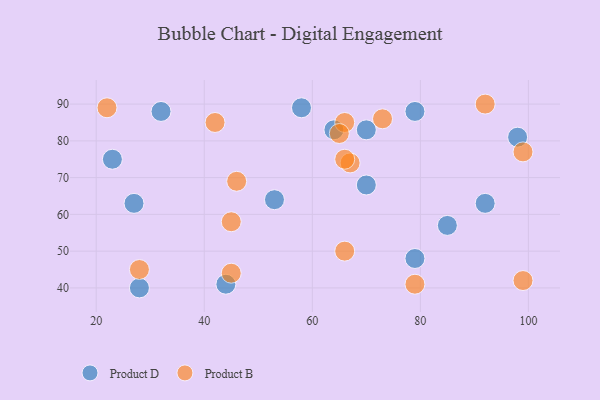
{"axis": {"x": "GDP", "y": "Life Expectancy"}, "legend": ["Product B", "Product D"], "data": [{"x": "79", "y": 48, "type": "Product D"}, {"x": "64", "y": 83, "type": "Product D"}, {"x": "58", "y": 89, "type": "Product D"}, {"x": "32", "y": 88, "type": "Product D"}, {"x": "27", "y": 63, "type": "Product D"}, {"x": "44", "y": 41, "type": "Product D"}, {"x": "23", "y": 75, "type": "Product D"}, {"x": "85", "y": 57, "type": "Product D"}, {"x": "98", "y": 81, "type": "Product D"}, {"x": "28", "y": 40, "type": "Product D"}, {"x": "70", "y": 83, "type": "Product D"}, {"x": "53", "y": 64, "type": "Product D"}, {"x": "70", "y": 68, "type": "Product D"}, {"x": "79", "y": 88, "type": "Product D"}, {"x": "92", "y": 63, "type": "Product D"}, {"x": "99", "y": 42, "type": "Product B"}, {"x": "67", "y": 74, "type": "Product B"}, {"x": "92", "y": 90, "type": "Product B"}, {"x": "66", "y": 85, "type": "Product B"}, {"x": "65", "y": 82, "type": "Product B"}, {"x": "45", "y": 44, "type": "Product B"}, {"x": "73", "y": 86, "type": "Product B"}, {"x": "42", "y": 85, "type": "Product B"}, {"x": "66", "y": 75, "type": "Product B"}, {"x": "66", "y": 50, "type": "Product B"}, {"x": "45", "y": 58, "type": "Product B"}, {"x": "79", "y": 41, "type": "Product B"}, {"x": "28", "y": 45, "type": "Product B"}, {"x": "22", "y": 89, "type": "Product B"}, {"x": "99", "y": 77, "type": "Product B"}, {"x": "46", "y": 69, "type": "Product B"}]}